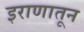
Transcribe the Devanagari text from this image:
इराणातून